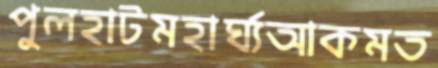
পুলহাটমহার্ঘ্যআকমত